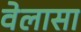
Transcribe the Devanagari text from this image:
वेलासा